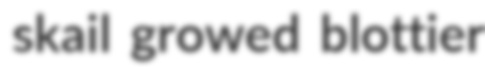
skail growed blottier